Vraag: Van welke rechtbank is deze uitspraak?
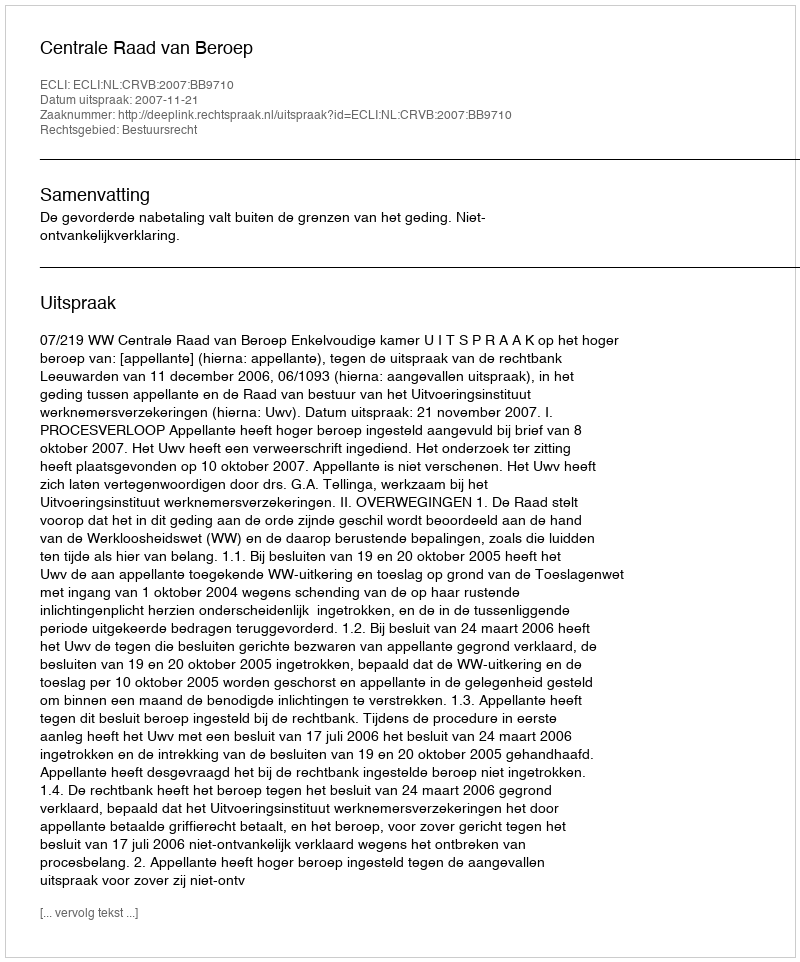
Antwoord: Centrale Raad van Beroep